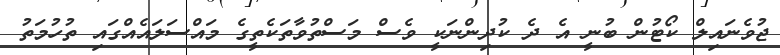
ޖުވެނައިލް ކޯޓުން ބުނީ އެ ދެ ކުދިންނަކީ ވެސް މަސްތުވާތަކެތީގެ މައްސަލައެއްގައި ތުހުމަތު